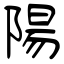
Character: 陽